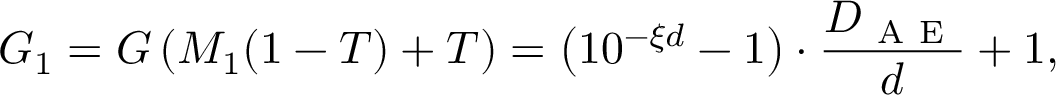
G _ { 1 } = G \left( M _ { 1 } ( 1 - T ) + T \right) = \left( 1 0 ^ { - \xi d } - 1 \right) \cdot \frac { D _ { \mathrm { ~ A ~ E ~ } } } { d } + 1 ,